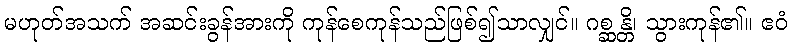
မဟုတ်အသက် အဆင်းခွန်အားကို ကုန်စေကုန်သည်ဖြစ်၍သာလျှင်။ ဂစ္ဆန္တိ၊ သွားကုန်၏။ ဧဝံ